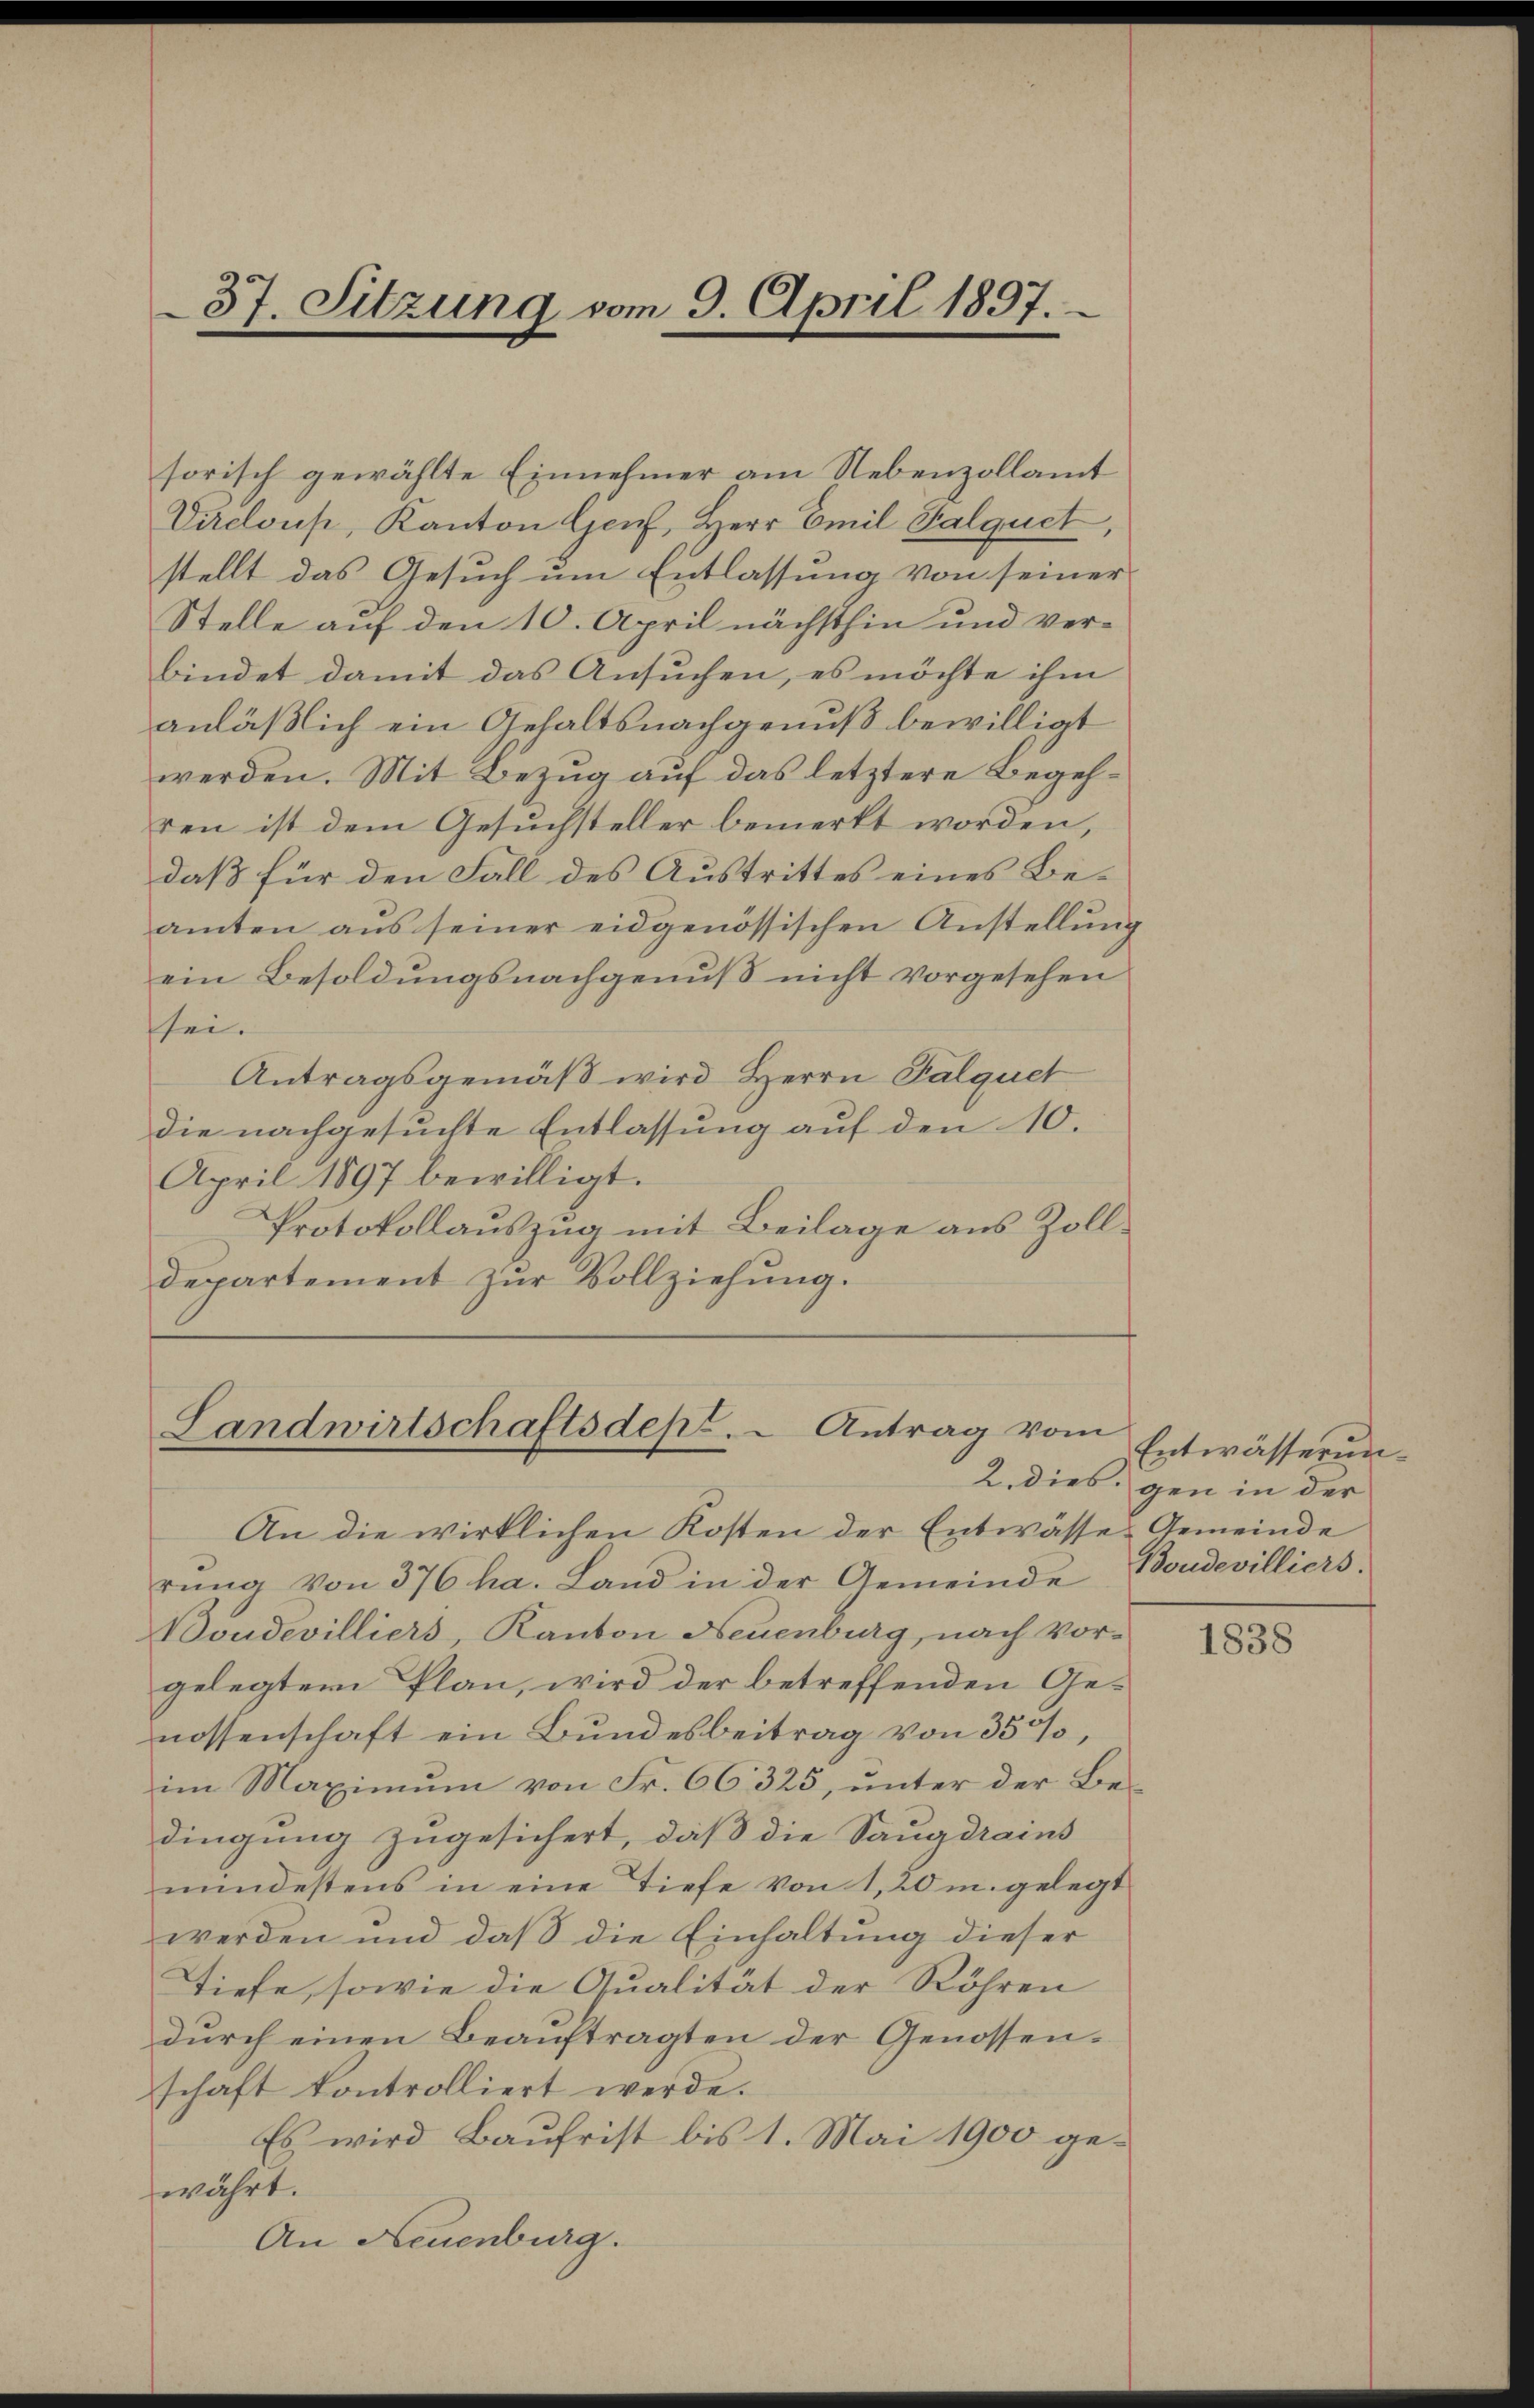
37. Sitzung vom 9. April 1897.

sorisch gewählte Einnehmer am Nebenzollamt
Virdlons, Kanton Genf, Herr Emil Halquet,
stellt das Gesuch um Entlassung von seiner
Stelle auf den 10. April nächsthin und verbindet damit das Ansuchen, es möchte ihm
anläßlich ein Gehaltsnachgenuß bewilligt
werden. Mit Bezug auf das letztere Begehren ist dem Gesuchsteller bemerkt worden,
daß für den Fall des Austrittes eines Beamten aus seiner eidgenössischen Anstellung
ein Besoldungsnachgenuß nicht vorgesehen
sei.
Antragsgemäß wird Herrn Palquet
die nachgesuchte Entlassung auf den 10.
April 1897 bewilligt.
Protokollauszug mit Beilage aus Zolldepartement zŭr Vollziehung.

Landwirtschaftsdep. Antrag vom

An die wirklichen Kosten der Entwässes Gemeinde
rŭng von 376 ha. Land in der Gemeinde Boudevilliers.
Doudevilliers, Kanton Neuenburg, nach Vorgelegtem Plan, wird der betreffenden Genossenschaft ein Bundesbeitrag von 350
im Maximum von Fr. 66 325, unter der Bedingung zugesichert, daß die Saugdrains
mindestens in eine Tiefe von 1,20 m. gelegt
werden und daß die Einhaltung dieser
Stiefe, sowie die Qualität der Röhren
durch einen Beauftragten der Genossenschaft kontrolliert werde.
Es wird Baufrist bis 1. Mai 1900 gewährt.
An Neuenburg.

Entwässerun¬
2. dies gen in der

1838